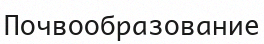
Почвообразование